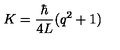
K = \frac { \hbar } { 4 L } ( q ^ { 2 } + 1 )